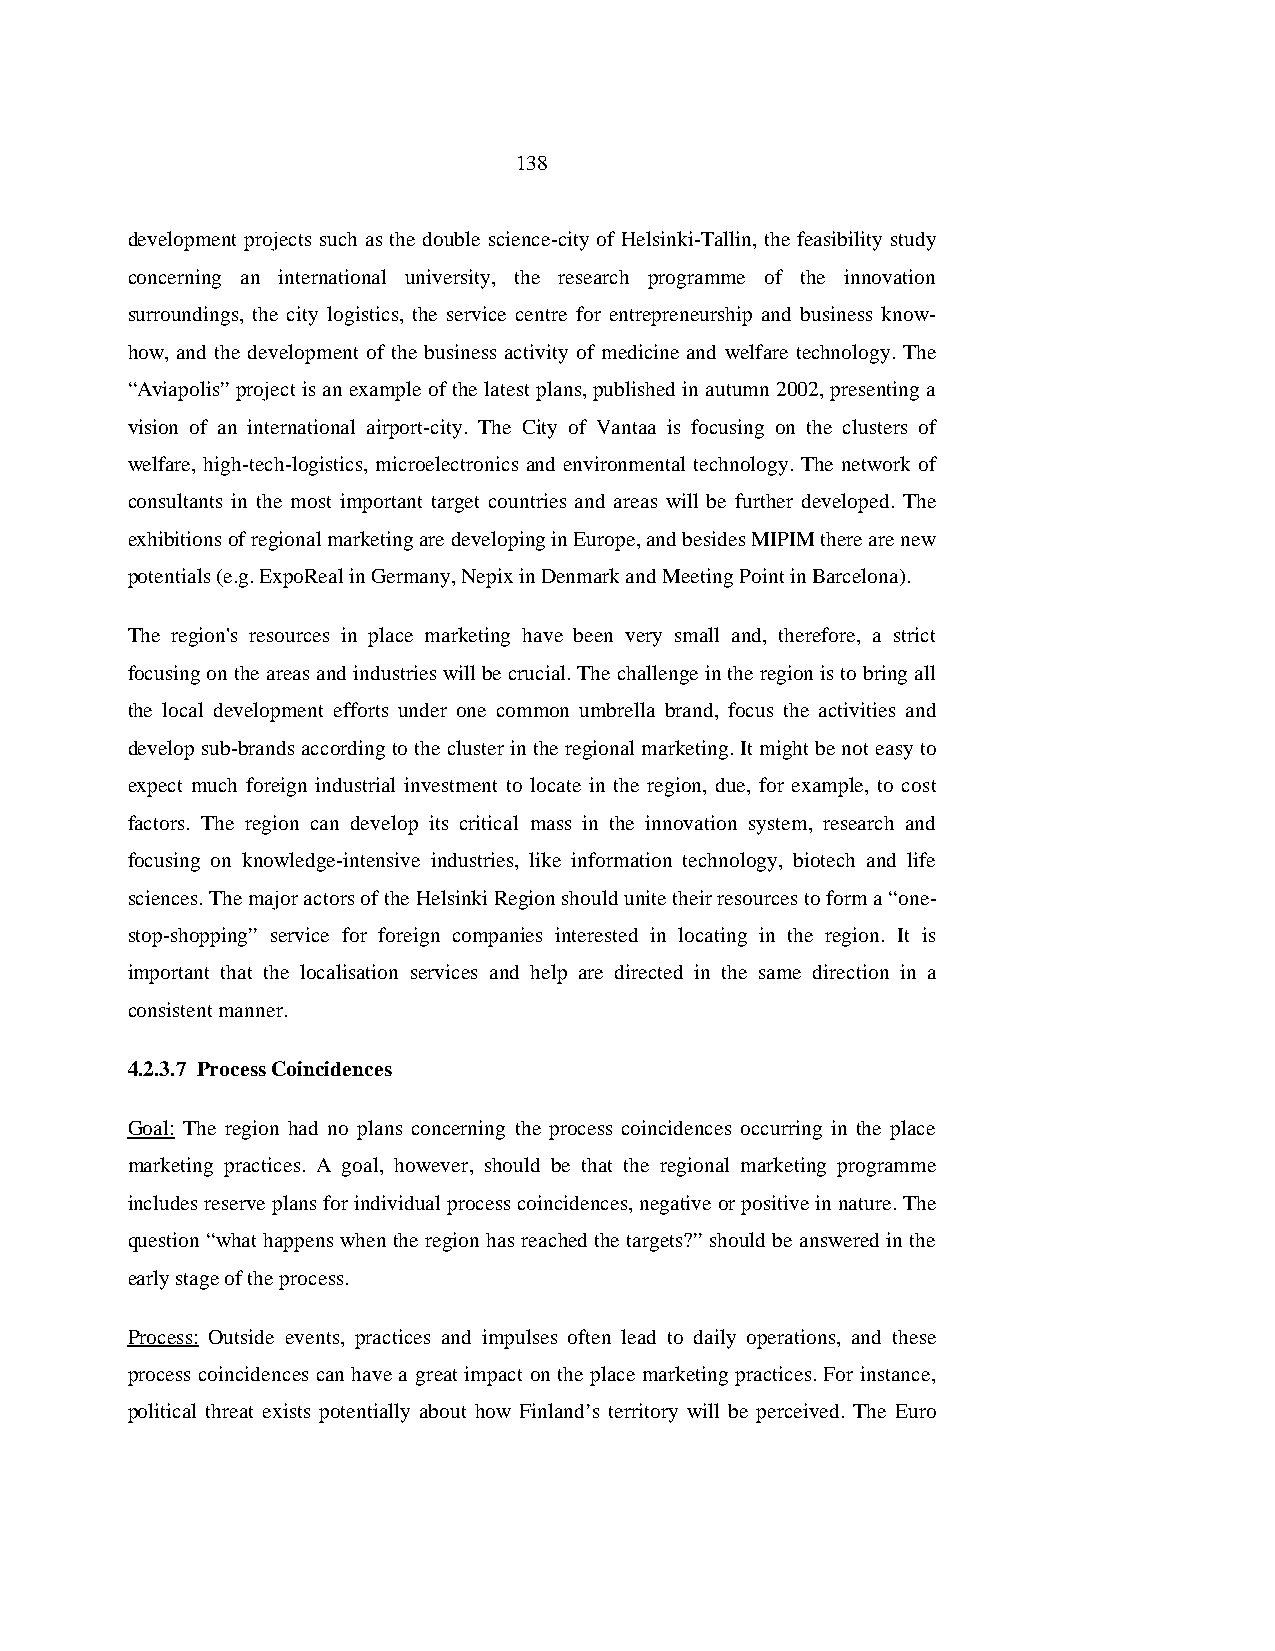
138
 development projects such as the double science-city of Helsinki-Tallin, the feasibility study
 concerning an international university, the research programme of the innovation
 surroundings, the city logistics, the service centre for entrepreneurship and business know-
 how, and the development of the business activity of medicine and welfare technology. The
 “Aviapolis” project is an example of the latest plans, published in autumn 2002, presenting a
 vision of an international airport-city. The City of Vantaa is focusing on the clusters of
 welfare, high-tech-logistics, microelectronics and environmental technology. The network of
 consultants in the most important target countries and areas will be further developed. The
 exhibitions of regional marketing are developing in Europe, and besides MIPIM there are new
 potentials (e.g. ExpoReal in Germany, Nepix in Denmark and Meeting Point in Barcelona).
 The region's resources in place marketing have been very small and, therefore, a strict
 focusing on the areas and industries will be crucial. The challenge in the region is to bring all
 the local development efforts under one common umbrella brand, focus the activities and
 develop sub-brands according to the cluster in the regional marketing. It might be not easy to
 expect much foreign industrial investment to locate in the region, due, for example, to cost
 factors. The region can develop its critical mass in the innovation system, research and
 focusing on knowledge-intensive industries, like information technology, biotech and life
 sciences. The major actors of the Helsinki Region should unite their resources to form a “one-
 stop-shopping” service for foreign companies interested in locating in the region. It is
 important that the localisation services and help are directed in the same direction in a
 consistent manner.
 4.2.3.7 Process Coincidences
 Goal: The region had no plans concerning the process coincidences occurring in the place
 marketing practices. A goal, however, should be that the regional marketing programme
 includes reserve plans for individual process coincidences, negative or positive in nature. The
 question “what happens when the region has reached the targets?” should be answered in the
 early stage of the process.
 Process: Outside events, practices and impulses often lead to daily operations, and these
 process coincidences can have a great impact on the place marketing practices. For instance,
 political threat exists potentially about how Finland’s territory will be perceived. The Euro